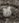
لا